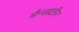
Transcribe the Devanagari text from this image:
मैन्सटीन